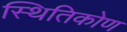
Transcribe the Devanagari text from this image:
स्थितिकोण